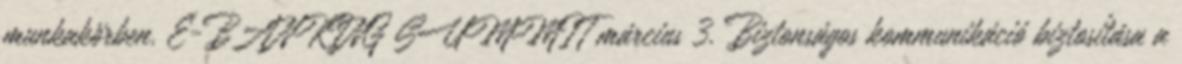
munkakörben. E-BANKING SUMMIT március 3. Biztonságos kommunikáció biztosítása a